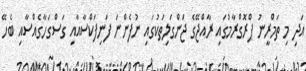
އަދި މި ތަމްރީނު ޕްރޮގްރާމުގައި ރާއްޖޭގެ ޖަންގަލިތަކުގައި ނުފެންނަ ފަނިފަކްސާއާއި ގަސްގަހާގެއްސާއި ބެހޭ